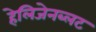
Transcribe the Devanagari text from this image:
हेलिजेनब्लट